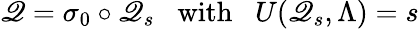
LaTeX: \mathscr{Q}=\sigma_{0}\circ\mathscr{Q}_{s}\; \; \mathrm{{~with~}}\; \; U(\mathscr{Q}_{s},\Lambda)=s